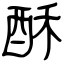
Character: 酥